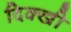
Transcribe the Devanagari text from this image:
दिक्खी